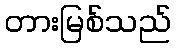
တားမြစ်သည်